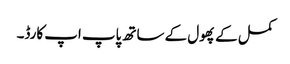
کمل کے پھول کے ساتھ پاپ اپ کارڈ۔